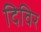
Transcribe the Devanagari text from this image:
दिविर